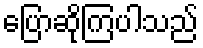
ပြောဆိုကြပါသည်